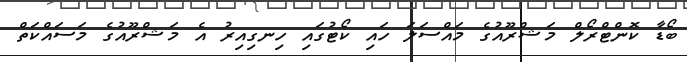
ބޯޑާ ކޮންޓްރޯލް މަޝްރޫއުގެ މައްސަލަ ހައި ކޯޓުގައި ހިނގިއިރު އެ މަޝްރޫއުގެ މަސައްކަތް